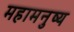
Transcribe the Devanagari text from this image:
महामनुष्य